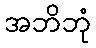
အဘိဘုံ